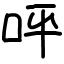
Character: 呯